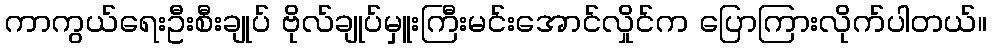
ကာကွယ်ရေးဦးစီးချုပ် ဗိုလ်ချုပ်မှူးကြီးမင်းအောင်လှိုင်က ပြောကြားလိုက်ပါတယ်။